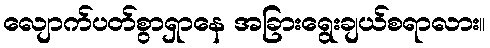
လျောက်ပတ်စွာရှာနေ အခြားရွေးချယ်စရာလား။